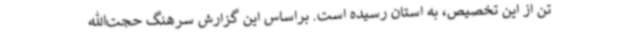
تن از این تخصیص، به استان رسیده است. براساس این گزارش سرهنگ حجت‌الله